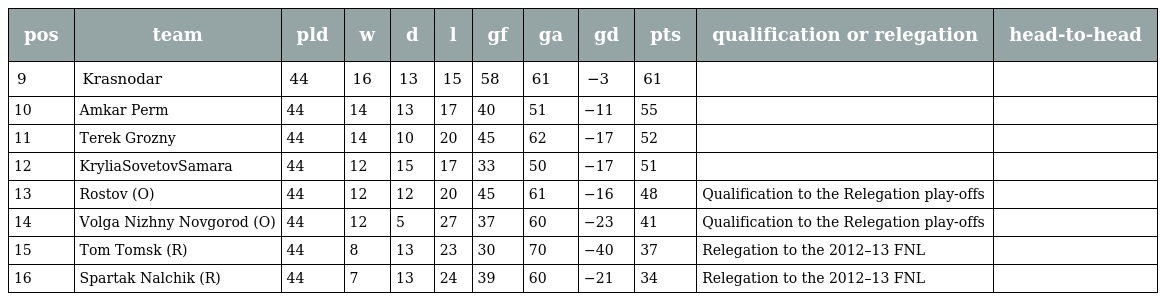
| pos | team | pld | w | d | l | gf | ga | gd | pts | qualification or relegation | head-to-head |
 | --- | --- | --- | --- | --- | --- | --- | --- | --- | --- | --- | --- |
 | 9 | Krasnodar | 44 | 16 | 13 | 15 | 58 | 61 | −3 | 61 |  |  |
 | 10 | Amkar Perm | 44 | 14 | 13 | 17 | 40 | 51 | −11 | 55 |  |  |
 | 11 | Terek Grozny | 44 | 14 | 10 | 20 | 45 | 62 | −17 | 52 |  |  |
 | 12 | KryliaSovetovSamara | 44 | 12 | 15 | 17 | 33 | 50 | −17 | 51 |  |  |
 | 13 | Rostov (O) | 44 | 12 | 12 | 20 | 45 | 61 | −16 | 48 | Qualification to the Relegation play-offs |  |
 | 14 | Volga Nizhny Novgorod (O) | 44 | 12 | 5 | 27 | 37 | 60 | −23 | 41 | Qualification to the Relegation play-offs |  |
 | 15 | Tom Tomsk (R) | 44 | 8 | 13 | 23 | 30 | 70 | −40 | 37 | Relegation to the 2012–13 FNL |  |
 | 16 | Spartak Nalchik (R) | 44 | 7 | 13 | 24 | 39 | 60 | −21 | 34 | Relegation to the 2012–13 FNL |  |